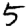
Digit: 5